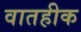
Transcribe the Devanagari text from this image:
वातहीक